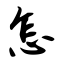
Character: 怎